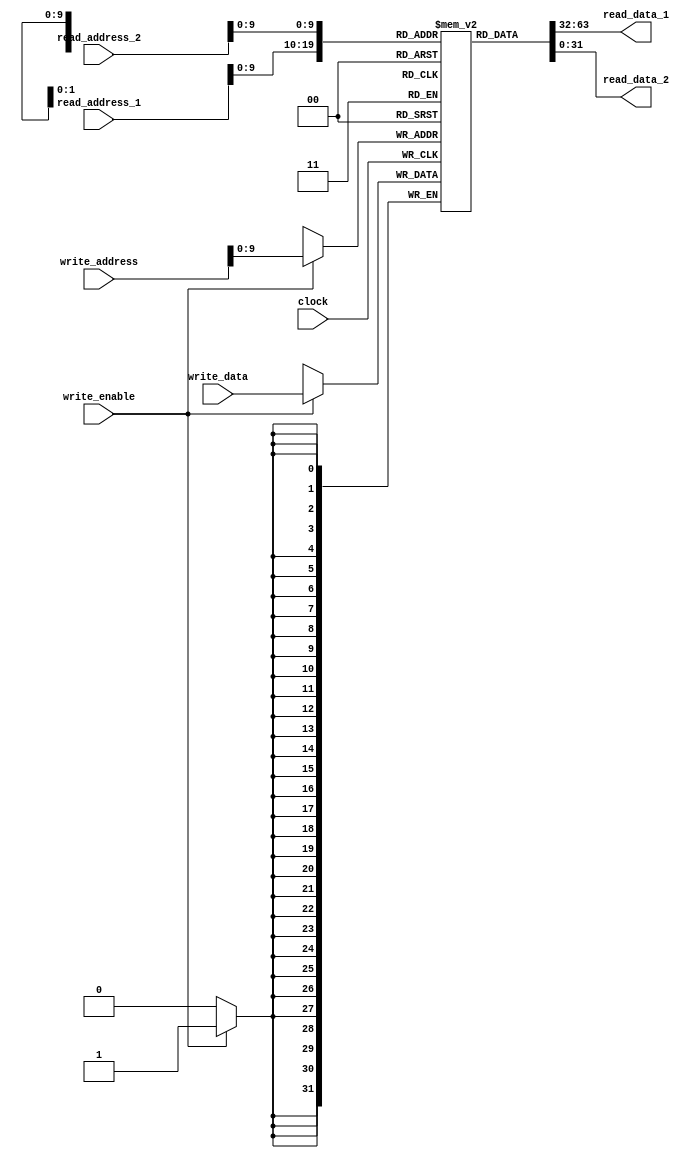
module dual_port_ram(
    input wire clock,
    input wire write_enable,
    input wire [31:0] write_data,
    input wire [31:0] write_address,
    input wire [31:0] read_address_1,
    input wire [31:0] read_address_2,
    output reg [31:0] read_data_1,
    output reg [31:0] read_data_2
);

reg [31:0] memory [0:1023];

always @(posedge clock) begin
    if(write_enable) begin
        memory[write_address] <= write_data;
    end
end

always @(*) begin
    read_data_1 <= memory[read_address_1];
    read_data_2 <= memory[read_address_2];
end

endmodule